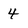
Character: 4